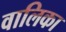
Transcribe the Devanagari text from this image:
वालिका